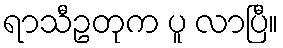
ရာသီဥတုက ပူ လာပြီ။